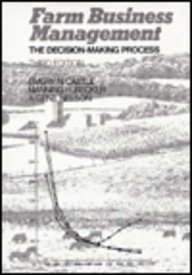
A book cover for Farm Business Management: The Decision Making Process (3rd Edition); CASTLE; Science & Math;